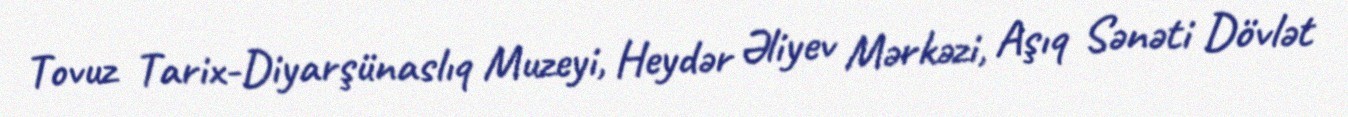
Tovuz Tarix-Diyarşünaslıq Muzeyi, Heydər Əliyev Mərkəzi, Aşıq Sənəti Dövlət